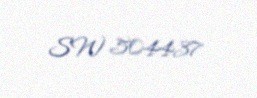
SW 504437